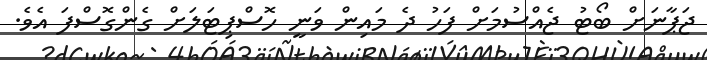
ޖަޕާނަށް ބޯޓު ޖެއްސުމަށް ފަހު ދެ މައިން ވަނީ ހޮސްޕިޓަލަށް ގެންގޮސްފަ އެވެ.